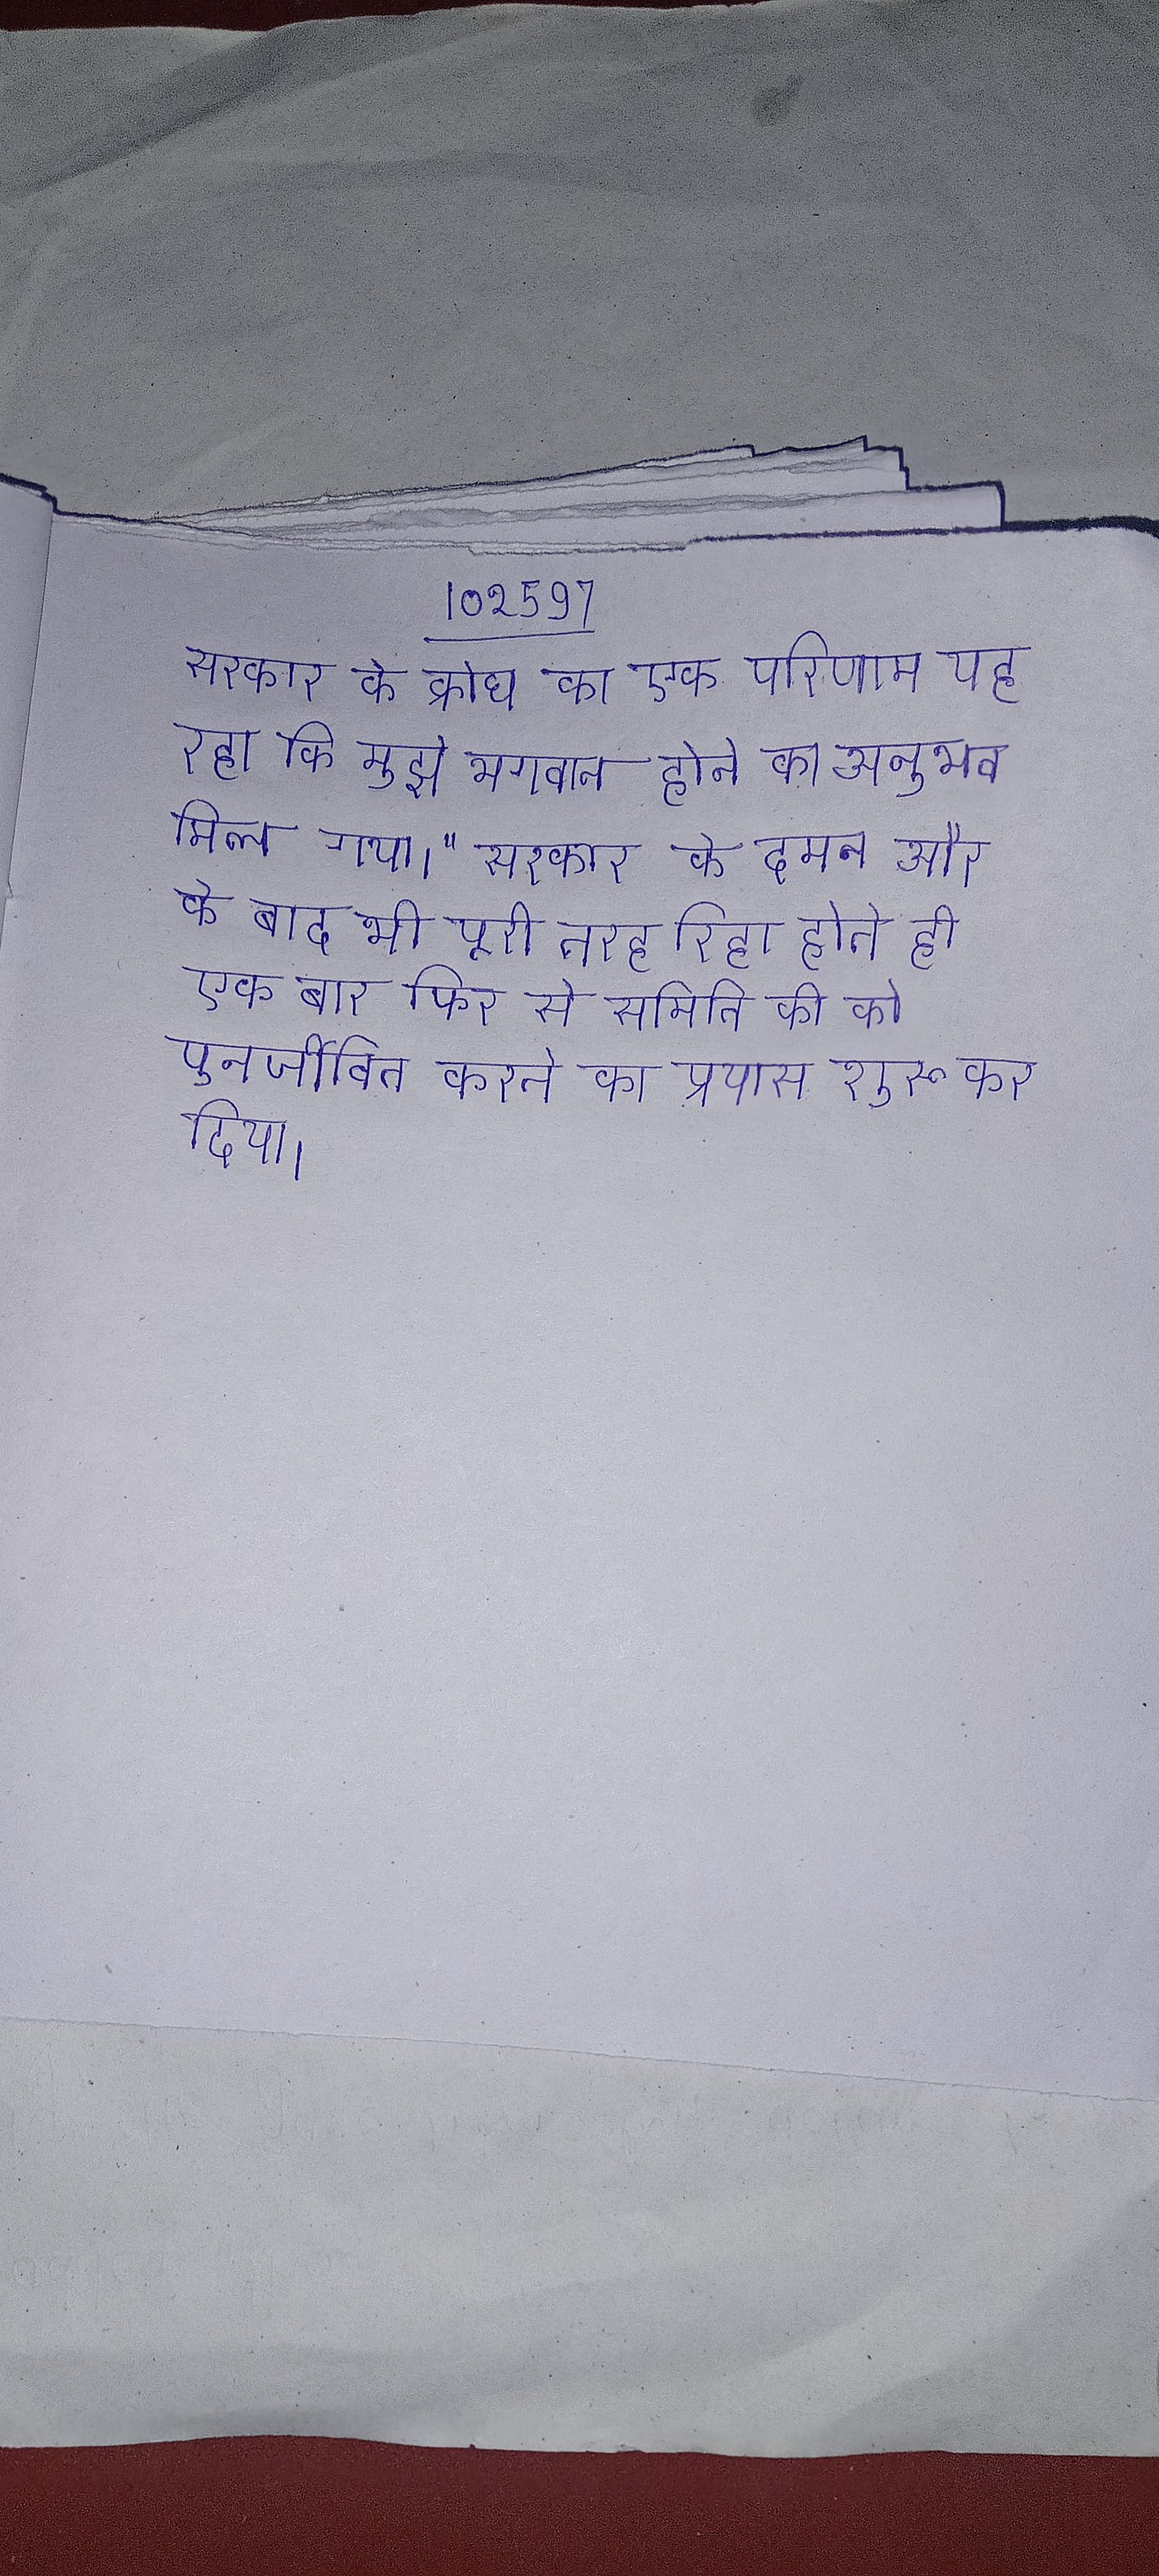
सरकार के क्रोध का एक परिणाम यह रहा कि मुझे भगवान होने का अनुभव मिल गया।" सरकार के दमन और के बाद भी पूरी तरह रिहा होते ही एक बार फिर से समिति की को पुनर्जीवित करने का प्रयास शुरू कर दिया ।